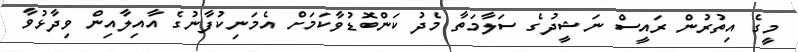
މީގެ އިތުރުން ރައީސް ނަޝީދުގެ ސަލާމަތާ މެދު ކަންބޮޑުވާކަމަށް އެމަނިކުފާނުގެ އާއިލާއިން ވިދާޅުވާ